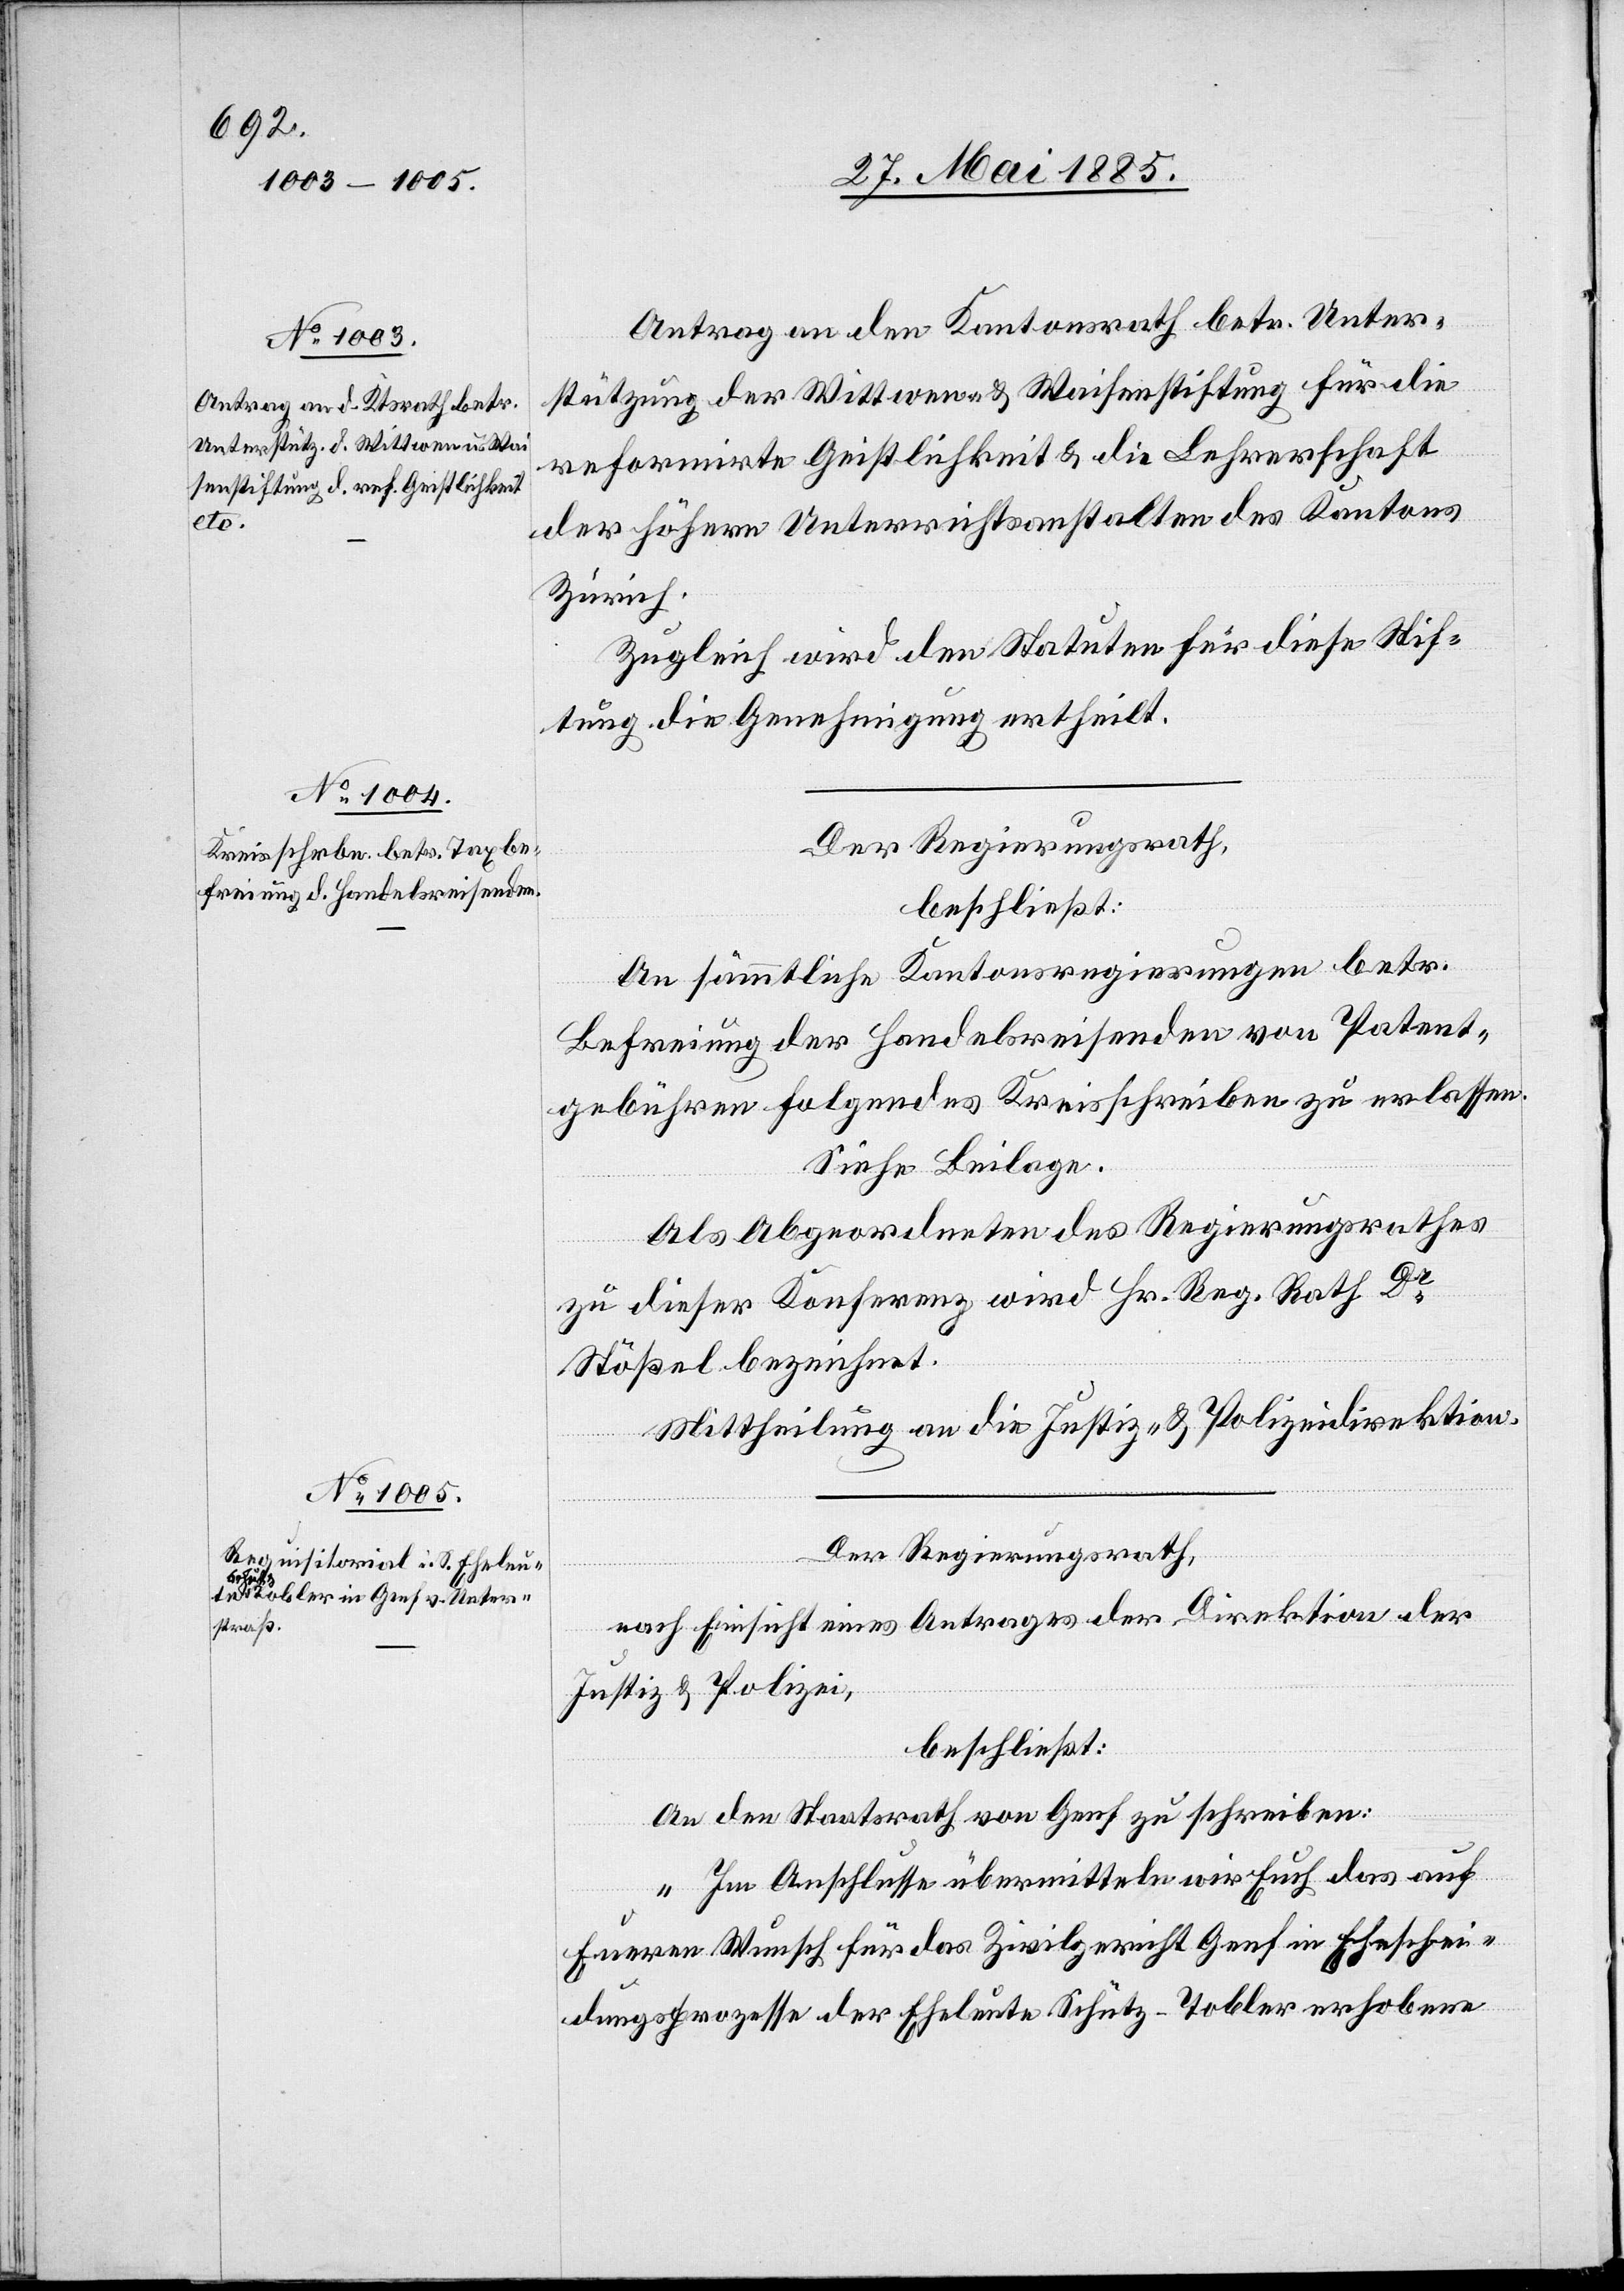
Antrag an den Kantonsrath betr. Unter¬
stützung der Wittwen- & Waisenstiftung für die
reformirte Geistlichkeit & die Lehrerschaft
der höhern Unterrichtsanstalten des Kantons
Zürich.
Zugleich wird den Statuten für diese Stif¬
tung die Genehmigung ertheilt.
Der Regierungsrath,
beschließt:
an sämmtliche Kantonsregierungen betr.
Befreiung der Handelsreisenden von Patent¬
gebühren folgendes Kreisschreiben zu erlassen.
Siehe Beilage.
Als Abgeordneten Des Regierungsrathes
zu dieser Konferenz wird Hr. Reg. Rath Dr
Stößel bezeichnet.
Mittheilung an die Justiz- & Polizeidirektion.
Der Regierungsrath,
nach Einsicht eines Antrages der Direktion der
Justiz & Polizei,
beschließt:
An den Staatsrath von Genf zu schreiben:
„Im Anschlusse übermitteln wir Euch das auf
Eueren Wunsch für das Zivilgericht Genf im Eheschei¬
dungsprozesse der Eheleute Schütz-Tobler erhobene